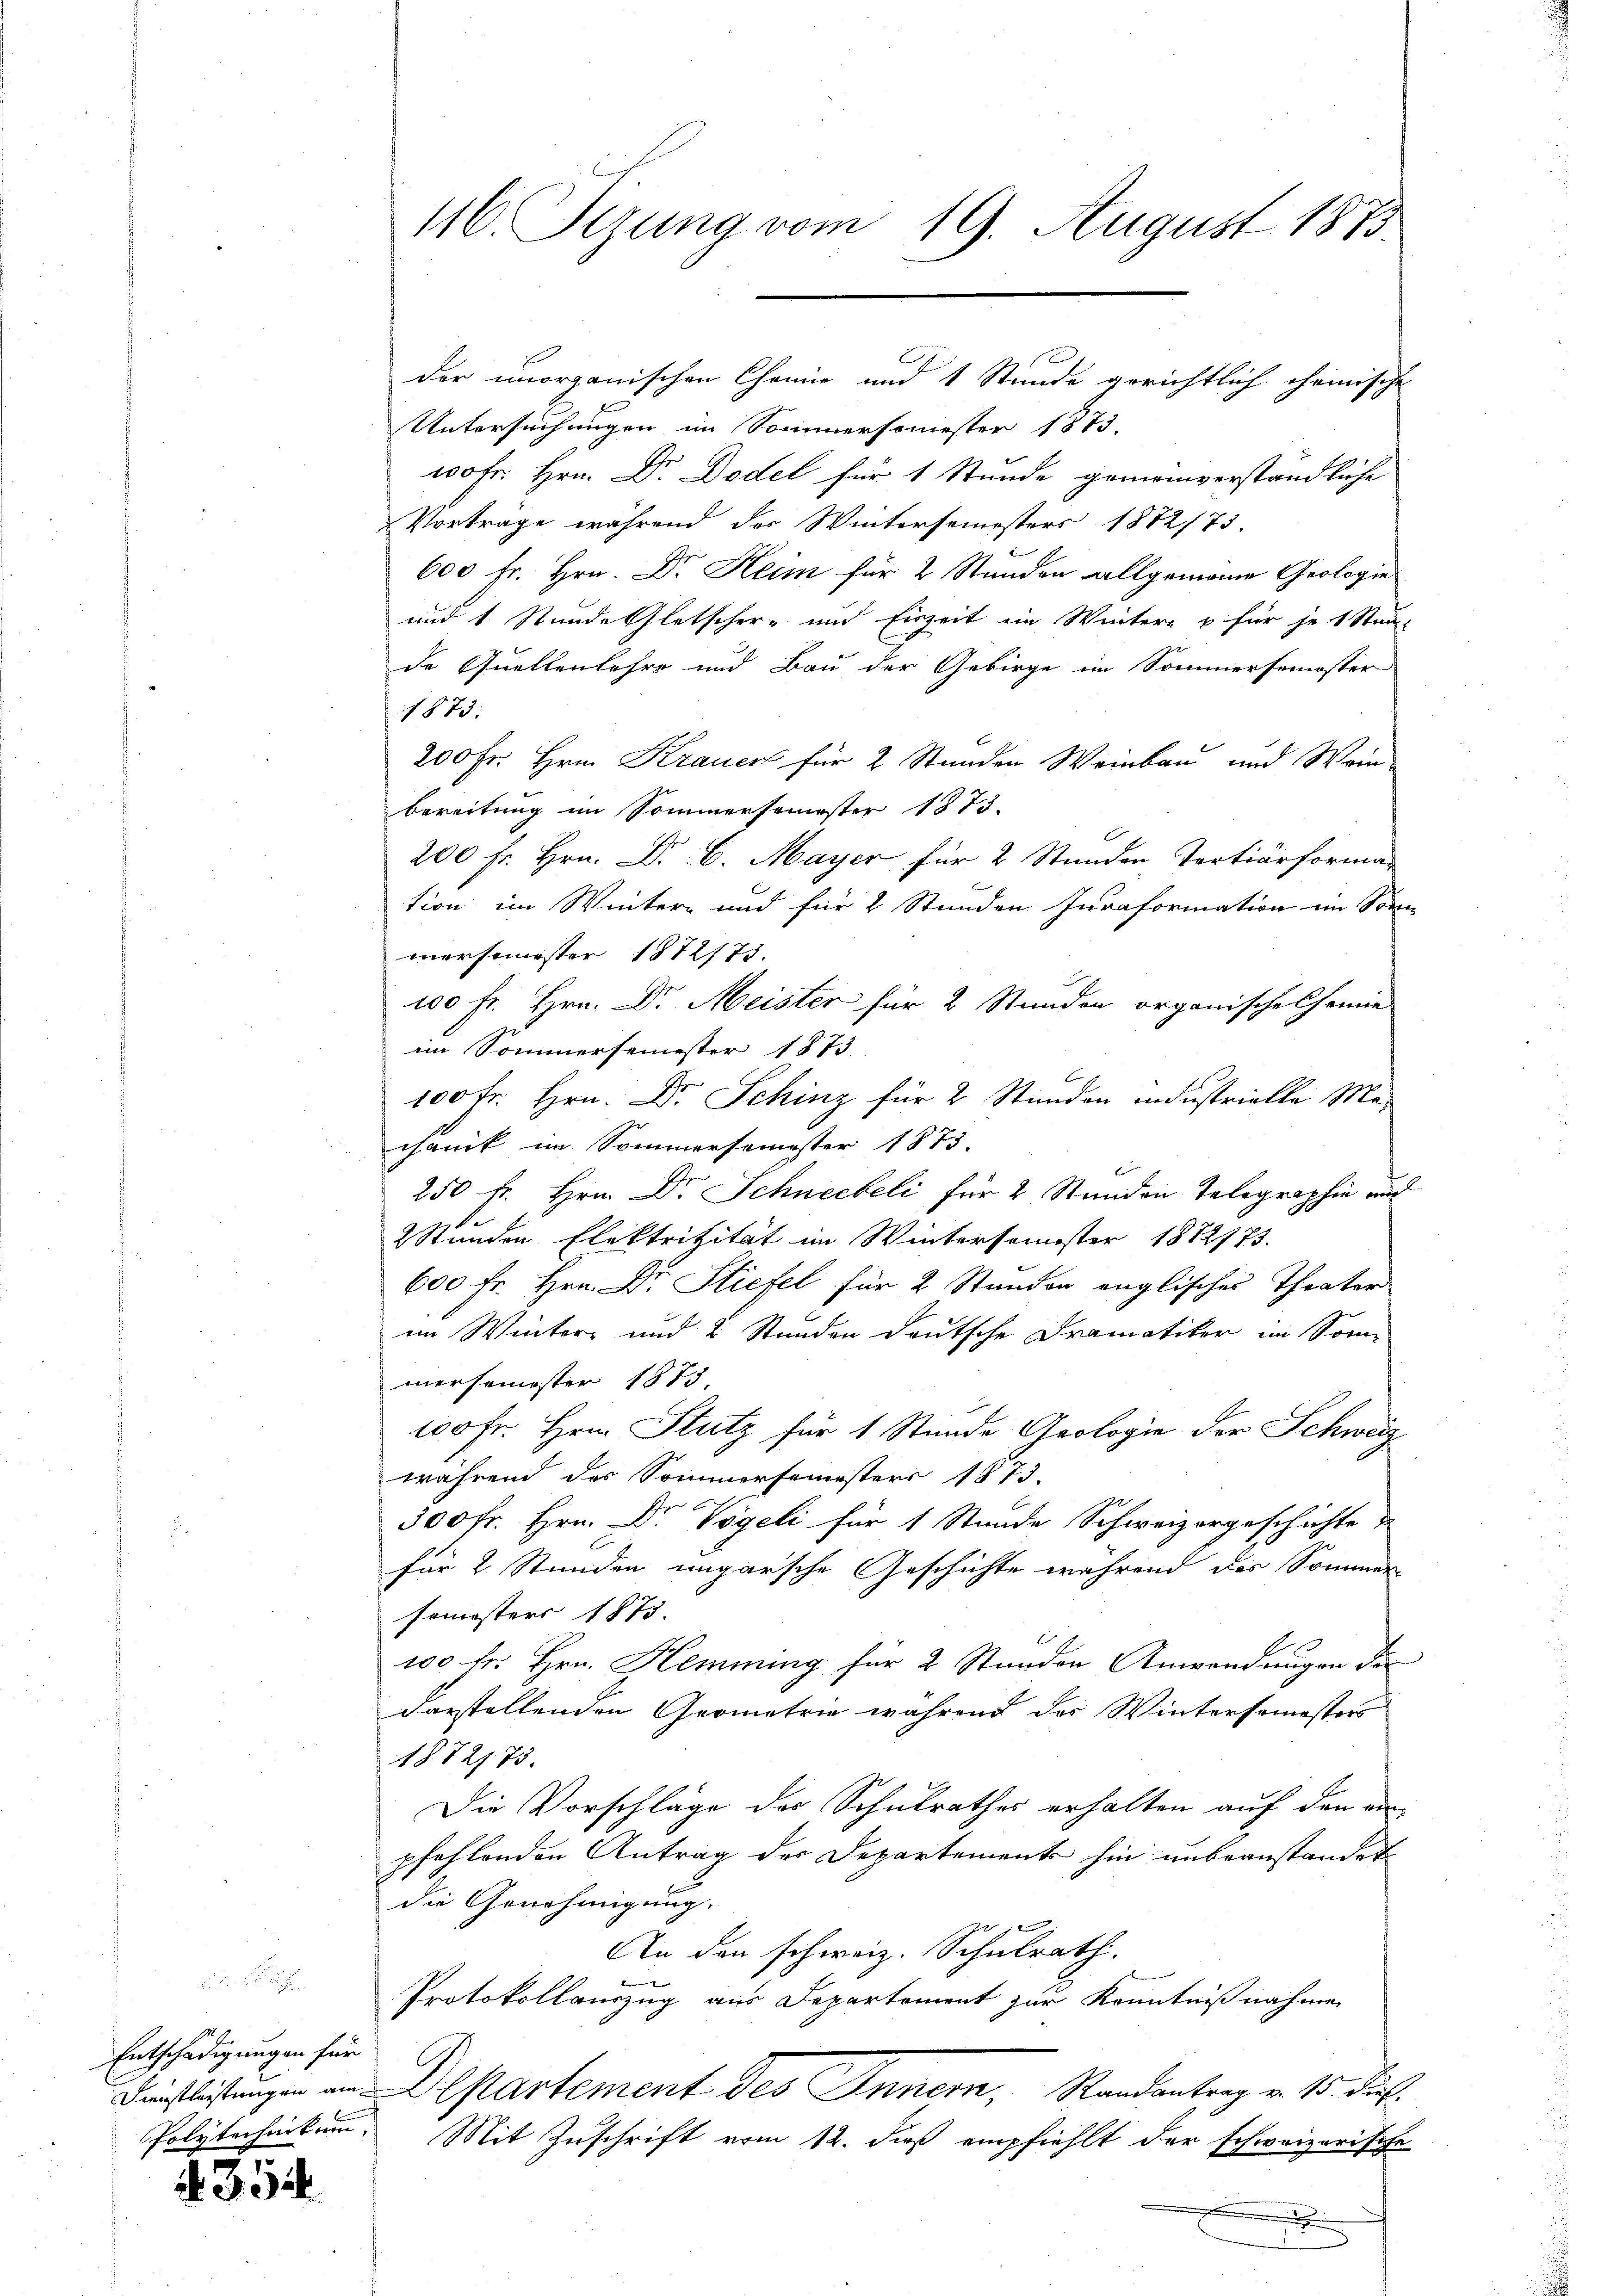
Entschädigungen für

4354

116. Sezung vom 19. August 1873.

Untersuchungen im Sommersemester 1873.
100 fr. Hrn. Dr. Dodel für 1 Stunde gemeinverständliche
Vorträge während der Wintersemesters 1872/73.
600 fr. Hrn. Dr Heim für 2 Stunden allgemeine Geologie
und 1 Stunde Gletscher- und Einzeit ein Wintere u für je 1 Stun-
de Quellenlehre und Bau der Gebirge im Sommersemester
1873.
200 Fr. Hrn. Krauer für 2 Stunden Weinbau und Wein-
bereitung im Sommersemester 1873.
200 fr. Hrn. Dr. C. Mayer für 2 Stunden Tertiärforma
tion im Wintere und für 2 Stunden Juraformation ein Sonn-
mersemester 1872/73.
100 fr. Hrn. Dr. Meister für 2 Stunden organische Chemie
im Sommersemester 1873.
100 fr. Hrn. Dr. Schinz für 2 Stunden industrielle Mechanik im Sommersemester 1873.
250 fr. Hrn. Dr. Schneebeli für 2 Stunden Telegraphie und
S
2 Stunden Elektritzität im Wintersemester 1872/73.
600 fr. Hrn. Dr. Stiefel für 2 Stunden englisches Theater
im Winter und 2 Stunden deutsche Dramatiker im Som-
mersemester 1875.
100 fr. Hrn. Stutz für 1 Stunde Geologie der Schweiz
während des Sommersemesters 1873.
500 fr. Hrn. Dr Vögeli für 1 Stunde Schweizorgeschichte
u
für 2 Stunden ungarsche Geschichte während das Sommer-
semesters 1873.
A
100 fr. Hrn. Hemmung für 2 Stunden Anwendungen der
darstellenden Geometrie während des Wintersemesters
1872/73.
Die Vorschläge der Schulrathes erhalten auf den ein-
pfehlenden Antrag des Departements hin unbeanstandet
die Genehmigung.
An den schweiz. Schulrath.
Protokollauszug aus Departement zur Kenntnißnahmen
Drüslistungen an Departement des Inner, Randantrag v. 10. Die
Polytechnikum. Mit Zuschrift vom 12. daß empfiehlt der schweizerische
.

der unorganischen Chemie und 1 Stunde gerichtlich cheinische